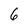
Character: 6